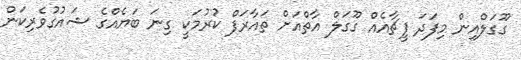
ގޫގަލްއިން މިފަދަ ފީޗާއެއް ގޫގަލް އާތްއަށް ތައާރަފް ކުރުމަކީ ގިނަ ބަޔެއްގެ ޝައުގުވެރިކަން